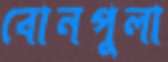
বোনপুলা